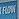
floen